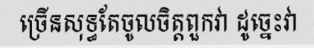
ច្រើនសុទ្ធតែចូលចិត្តពួកវា ដូច្នេះវា